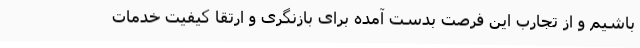
باشیم و از تجارب این فرصت بدست آمده برای بازنگری و ارتقا کیفیت خدمات